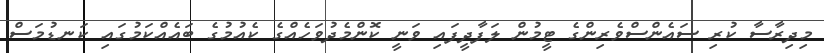
މިދިރާސާ ކުރި ސައެންސްވެރިންގެ ޓީމުން ލަފާދީފައި ވަނީ ކޮންމެދުވަހެއްގެ ކެއުމުގެ ބައެއްކަމުގައި ކަނޑުމަސް